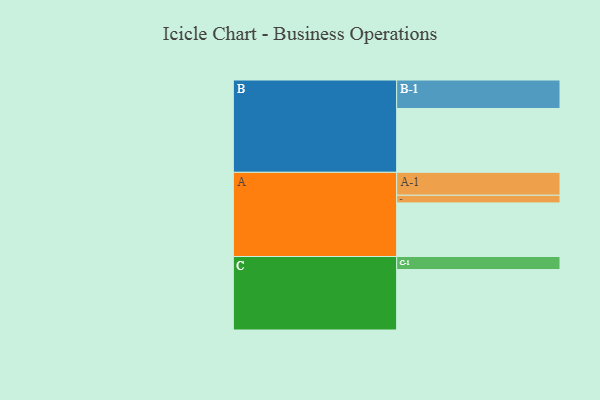
{"axis": {"x": "Segment", "y": "Value"}, "legend": ["", "A", "B", "C"], "data": [{"x": "A", "y": 461, "type": ""}, {"x": "B", "y": 549, "type": ""}, {"x": "C", "y": 520, "type": ""}, {"x": "A-1", "y": 197, "type": "A"}, {"x": "A-2", "y": 66, "type": "A"}, {"x": "B-1", "y": 245, "type": "B"}, {"x": "C-1", "y": 112, "type": "C"}]}